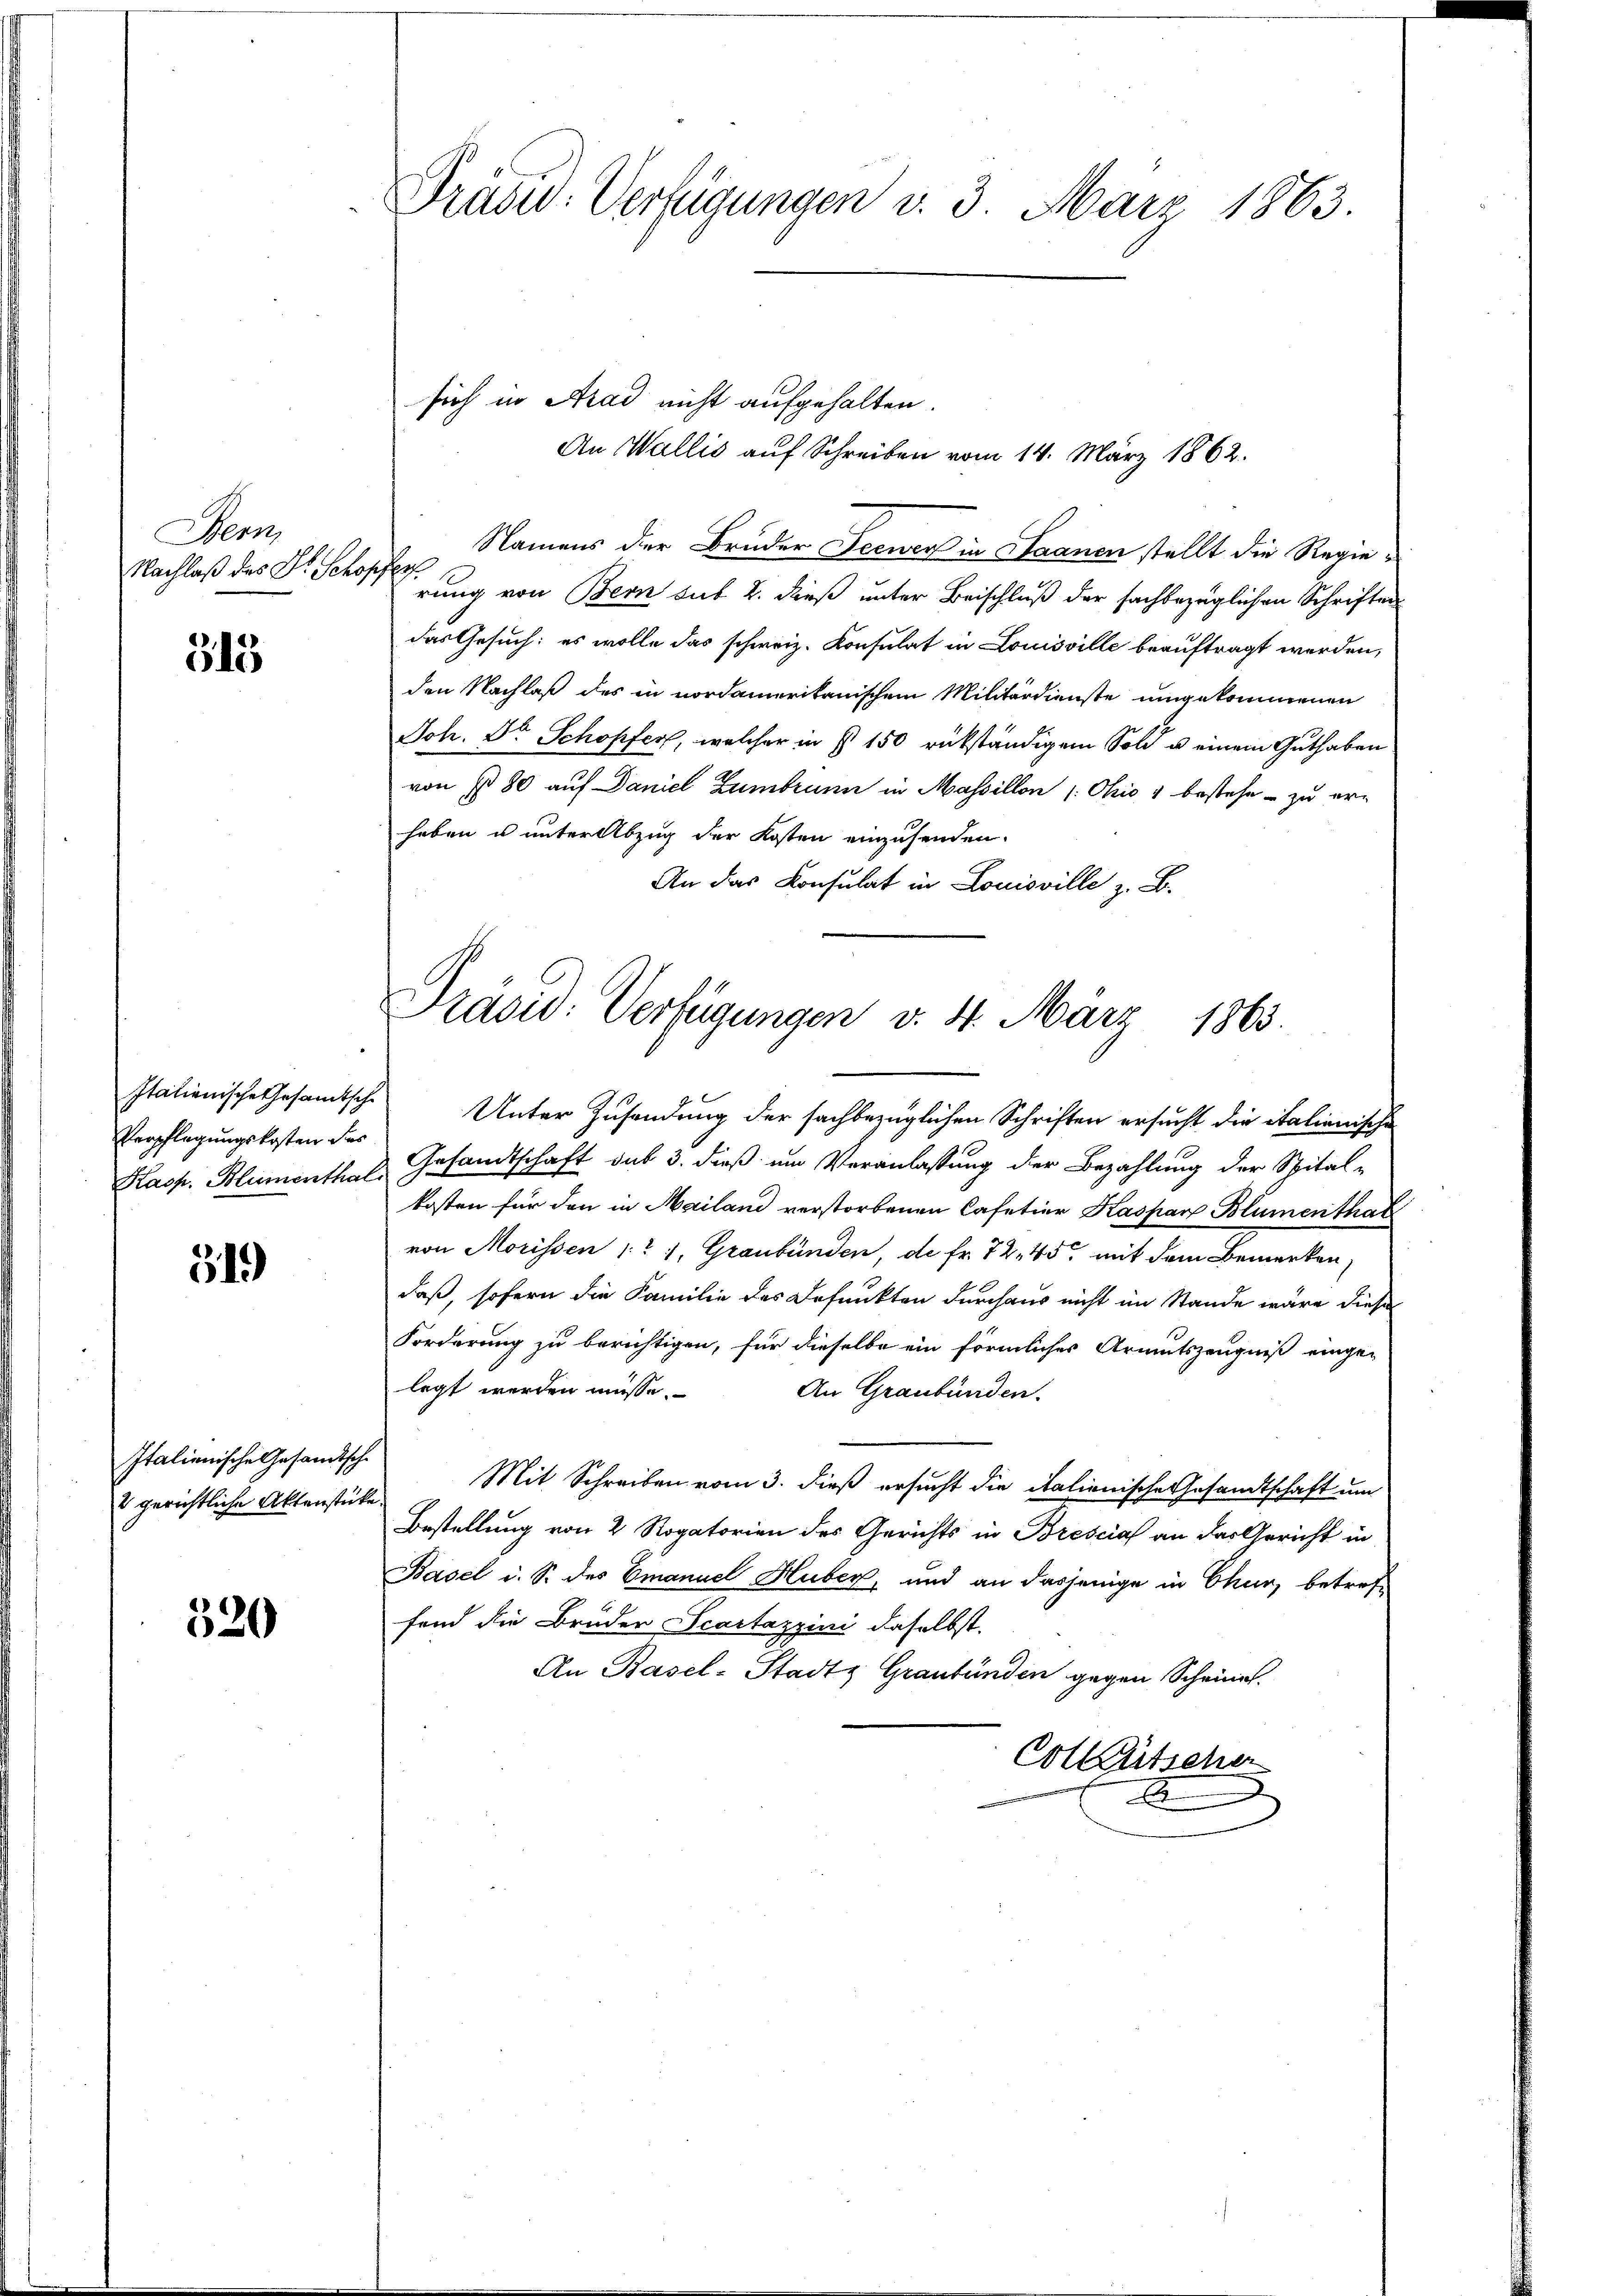
Bern
Nachlaß des Dr. Schopfer

515

Italienische Gesamtsche
Verpflegungskosten des

31)

Italienische Gesandtsche
2 gerichtliche Aktenstücke

520

Präsid. Verfügungen v. 3. März 1863.

sich in Arad nicht aufgehalten.
Namens der Bruder Seewer in Saanen stellt die Regierung von Bern sub 2. dieß unter Beischluß der sachbezüglichen Schriften
das Gesuch: es wolle das schweiz. Konsulat in Louisville beauftragt werden,
den Nachlaß des in nordamerikanischem Militärdienste umgekommenen
Joh. Dr Schopfer, welcher in § 150 rükständigem Sold u einem Guthaben
von § 80 auf Daniel Zumbrunn in Massillon /: Ohio 1 bestehe - zu erhaben u unter Abzug der Kosten einzusenden.
An das Consulat in Louisville z. B.

An Wallis auf Schreiben vom 14. März 1862.

Prasid: Verfügungen v. 4. März 1863.

Unter Zusendung der sachbezüglichen Schriften ersucht die italienische
Kasp. Blumenthal, Gesandtschaft das 3. dieß um Veranlassung der Bezahlung der Spitalkosten für den in Mailand verstorbenen Cafetier Kaspar Blumenthal
von Morissen 1 1, Graubünden, de Fr. 7245 mit dem Bemerken,
daß, sofern die Familie des Befunkten durchaus nicht im Stande wäre diese
Forderung zu berichtigen, für dieselbe ein förmliches Armutszeugniß einge-
legt werden müsse.
An Graubünden.
Mit Schreiben vom 3. dieß ersucht die italienische Gesandtschaft um
Bestellung von 2 Rogatorien des Gerichts in Brescial an das Gericht in
Basel u. S. des Emanuel Huber, und an dasjenige in Chur, betref-
fond die Brüder Scartazzini daselbst.
An Basel-Stadtz Graubünden gegen Scheine
Cotleütscher
2